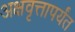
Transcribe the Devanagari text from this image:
अक्षवृत्तापर्यंत